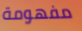
مفهومة